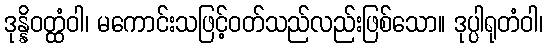
ဒုန္နိဝတ္ထံဝါ၊ မကောင်းသဖြင့်ဝတ်သည်လည်းဖြစ်သော။ ဒုပ္ပါရုတံဝါ၊